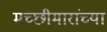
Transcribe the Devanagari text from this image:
मच्छीमारांच्या